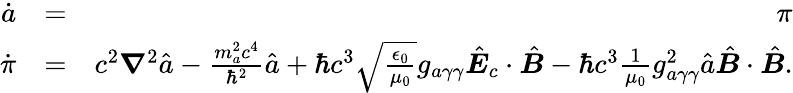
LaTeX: \begin{array}{rlr}{\dot{a}}&{=}&{\pi}\\ {\dot{\pi}}&{=}&{c^{2}\boldsymbol\nabla^{2}\hat{a}-\frac{m_{a}^{2}c^{4}}{\hbar^{2}}\hat{a}+\hbar c^{3}\sqrt{\frac{\epsilon_{0}}{\mu_{0}}}g_{a\gamma\gamma}\hat{\boldsymbol E}_{c}\cdot\hat{\boldsymbol B}-\hbar c^{3}\frac{1}{\mu_{0}}g_{a\gamma\gamma}^{2}\hat{a}\hat{\boldsymbol B}\cdot\hat{\boldsymbol B}.}\end{array}